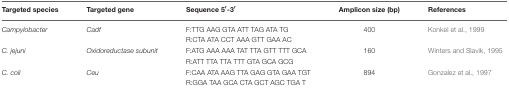
| Targeted species | Targeted gene | Sequence 5′-3′ | Amplicon size (bp) | References |
 | --- | --- | --- | --- | --- |
 | Campylobacter | Cadf | F:TTG AAG GTA ATT TAG ATA TG | 400 | Konkel et al., 1999 |
 |  |  | R:CTA ATA CCT AAA GTT GAA AC |  |  |
 | C. jejuni | Oxidoreductase subunit | F:ATG AAA AAA TAT TTA GTT TTT GCA | 160 | Winters and Slavik, 1995 |
 |  |  | R:ATT TTA TTA TTT GTA GCA GCG |  |  |
 | C. coli | Ceu | F:CAA ATA AAG TTA GAG GTA GAA TGT | 894 | Gonzalez et al., 1997 |
 |  |  | R:GGA TAA GCA CTA GCT AGC TGA T |  |  |